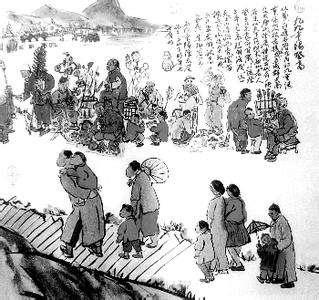
九月九日望乡台，他席他乡送客杯。